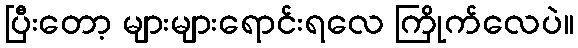
ပြီးတော့ များများရောင်းရလေ ကြိုက်လေပဲ။